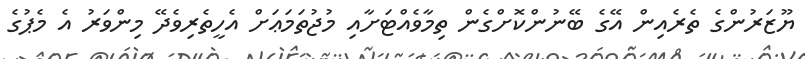
ޔޫޒަރުންގެ ތެރެއިން އޭގެ ބޭނުންކޮށްގެން ތިމާވެއްޓަށާއި މުޖުތަމަޢަށް އެހީތެރިވެދޭ މިންވަރު އެ މެޕުގެ